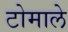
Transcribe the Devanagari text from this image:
टोमाले